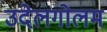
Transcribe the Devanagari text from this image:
उदेलगोलम